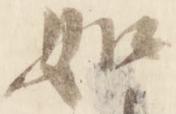
如